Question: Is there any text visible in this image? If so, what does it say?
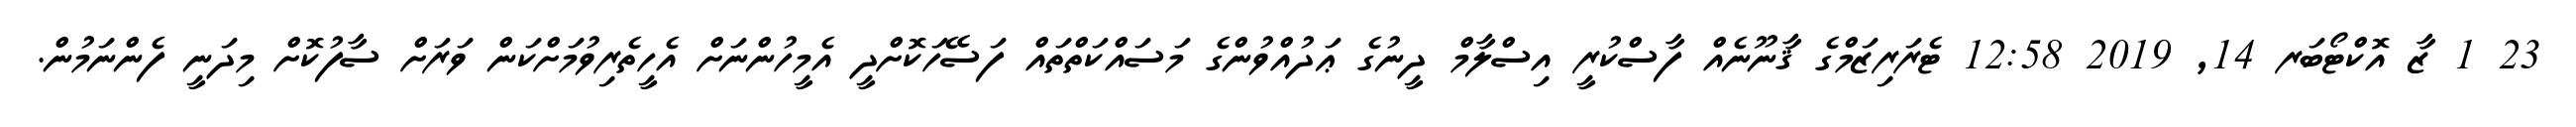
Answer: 23 1 ޒާ އޮކްޓޯބަރ 14, 2019 12:58 ޓެރަރިޒަމްގެ ޤާނޫނެއް ފާސްކުރީ އިސްލާމް ދީނުގެ ޢަދުއްވުންގެ މަސައްކަތްތައް ފަސޭހަކޮށްދީ އެމީހުންނަށް އެހީތެރިވުމަށްކަން ވަރަށް ސާފުކޮށް މިދަނީ ފެންނަމުން.